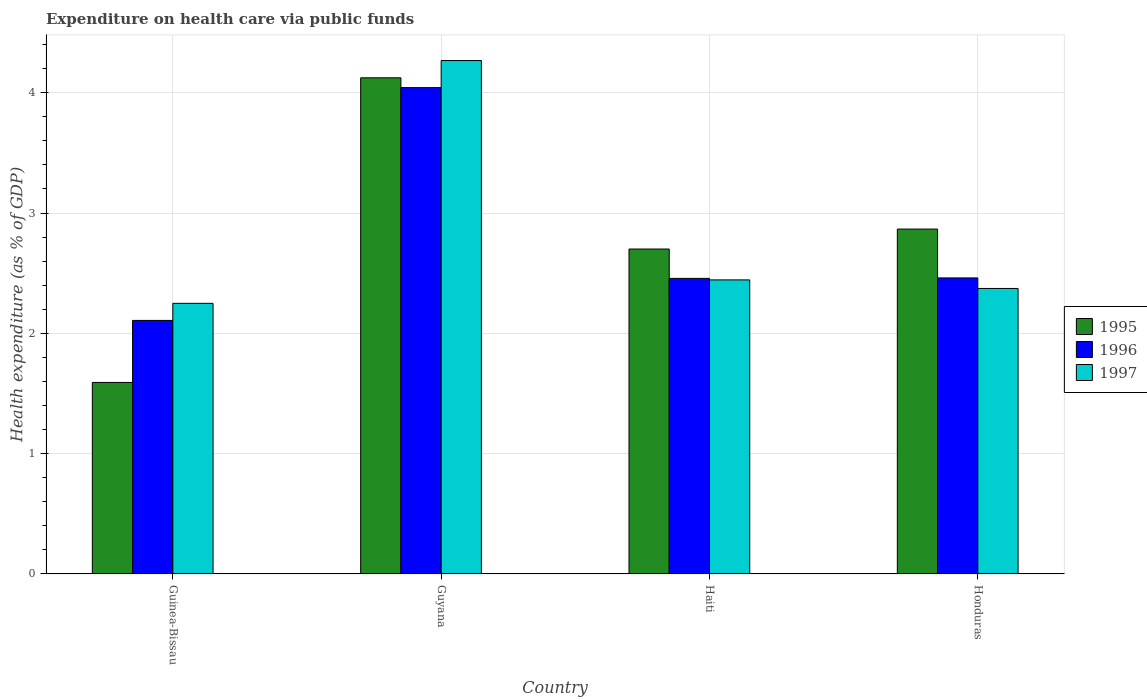
| Country | 1995 | 1996 | 1997 |
 | --- | --- | --- | --- |
 | Guinea-Bissau | 1.59 | 2.11 | 2.25 |
 | Guyana | 4.12 | 4.04 | 4.27 |
 | Haiti | 2.7 | 2.46 | 2.44 |
 | Honduras | 2.87 | 2.46 | 2.37 |